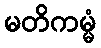
မတိကမ္မံ